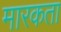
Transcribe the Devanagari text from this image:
मारकता